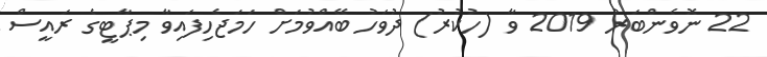
22 ނޮވެންބަރު 2019 ވާ (ހުކުރު) ދުވަހު ބޭއްވުމަށް ހަމަޖެހިފައިވާ މިޕާޓީގެ ރައީސް